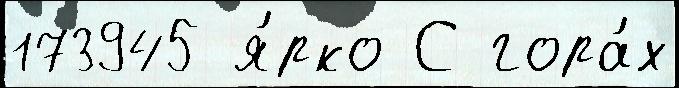
173945 я́рко С гора́х